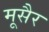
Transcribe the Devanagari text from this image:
मूसैर